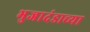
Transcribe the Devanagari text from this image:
भुजादंडाच्या